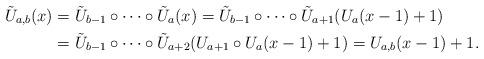
LaTeX: \begin{align*}\tilde U_{a,b}(x)&=\tilde U_{b-1}\circ\cdots\circ \tilde U_{a}(x)=\tilde U_{b-1}\circ\cdots\circ \tilde U_{a+1}(U_a(x-1)+1)\\&= \tilde U_{b-1}\circ\cdots\circ \tilde U_{a+2}( U_{a+1}\circ U_a(x-1)+1)= U_{a,b}(x-1)+1.\end{align*}